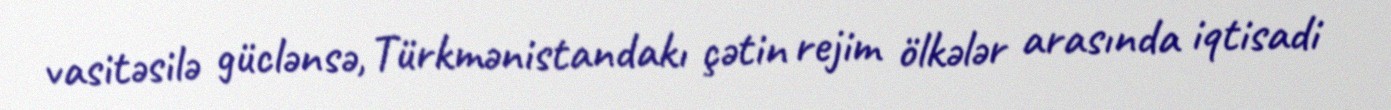
vasitəsilə güclənsə, Türkmənistandakı çətin rejim ölkələr arasında iqtisadi